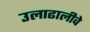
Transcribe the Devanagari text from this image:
उलाढालीवे